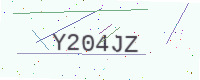
Text: Y204JZ